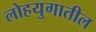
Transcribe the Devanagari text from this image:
लोहयुगातील